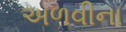
અળવીના